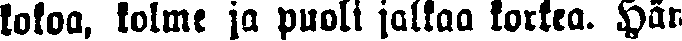
kokoa, kolme ja puoli jalkaa korkea. Hän